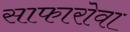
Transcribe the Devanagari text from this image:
साफारोवा